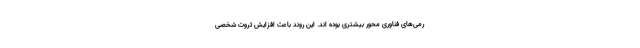
رمی‌های فناوری محور بیشتری بوده اند. این روند باعث افزایش ثروت شخصی